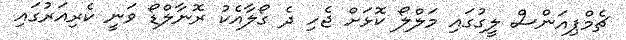
ޗެމްޕިއަންސް ލީގުގައި މަލްލޯ ކޮޅަށް ޖެހި ދެ ގޯލާއެކު ރޮނާލްޑޯ ވަނީ ކެރިއަރުގައި